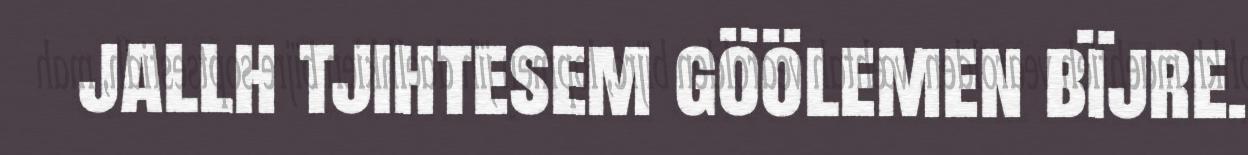
jallh tjihtesem göölemen bïjre.